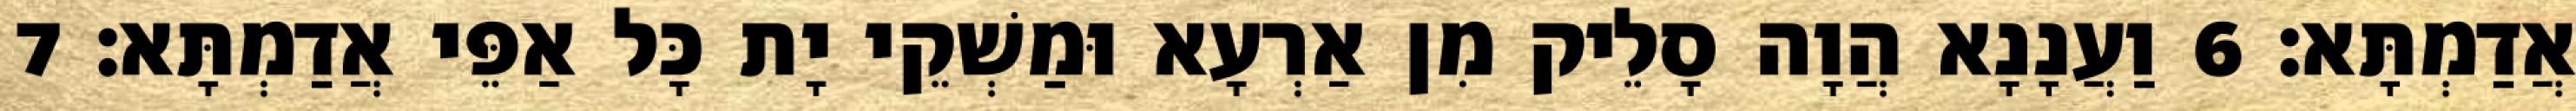
אֲדַמְתָּא׃ 6 וַעֲנָנָא הֲוָה סָלֵיק מִן אַרְעָא וּמַשְׁקֵי יָת כָּל אַפֵּי אֲדַמְתָּא׃ 7